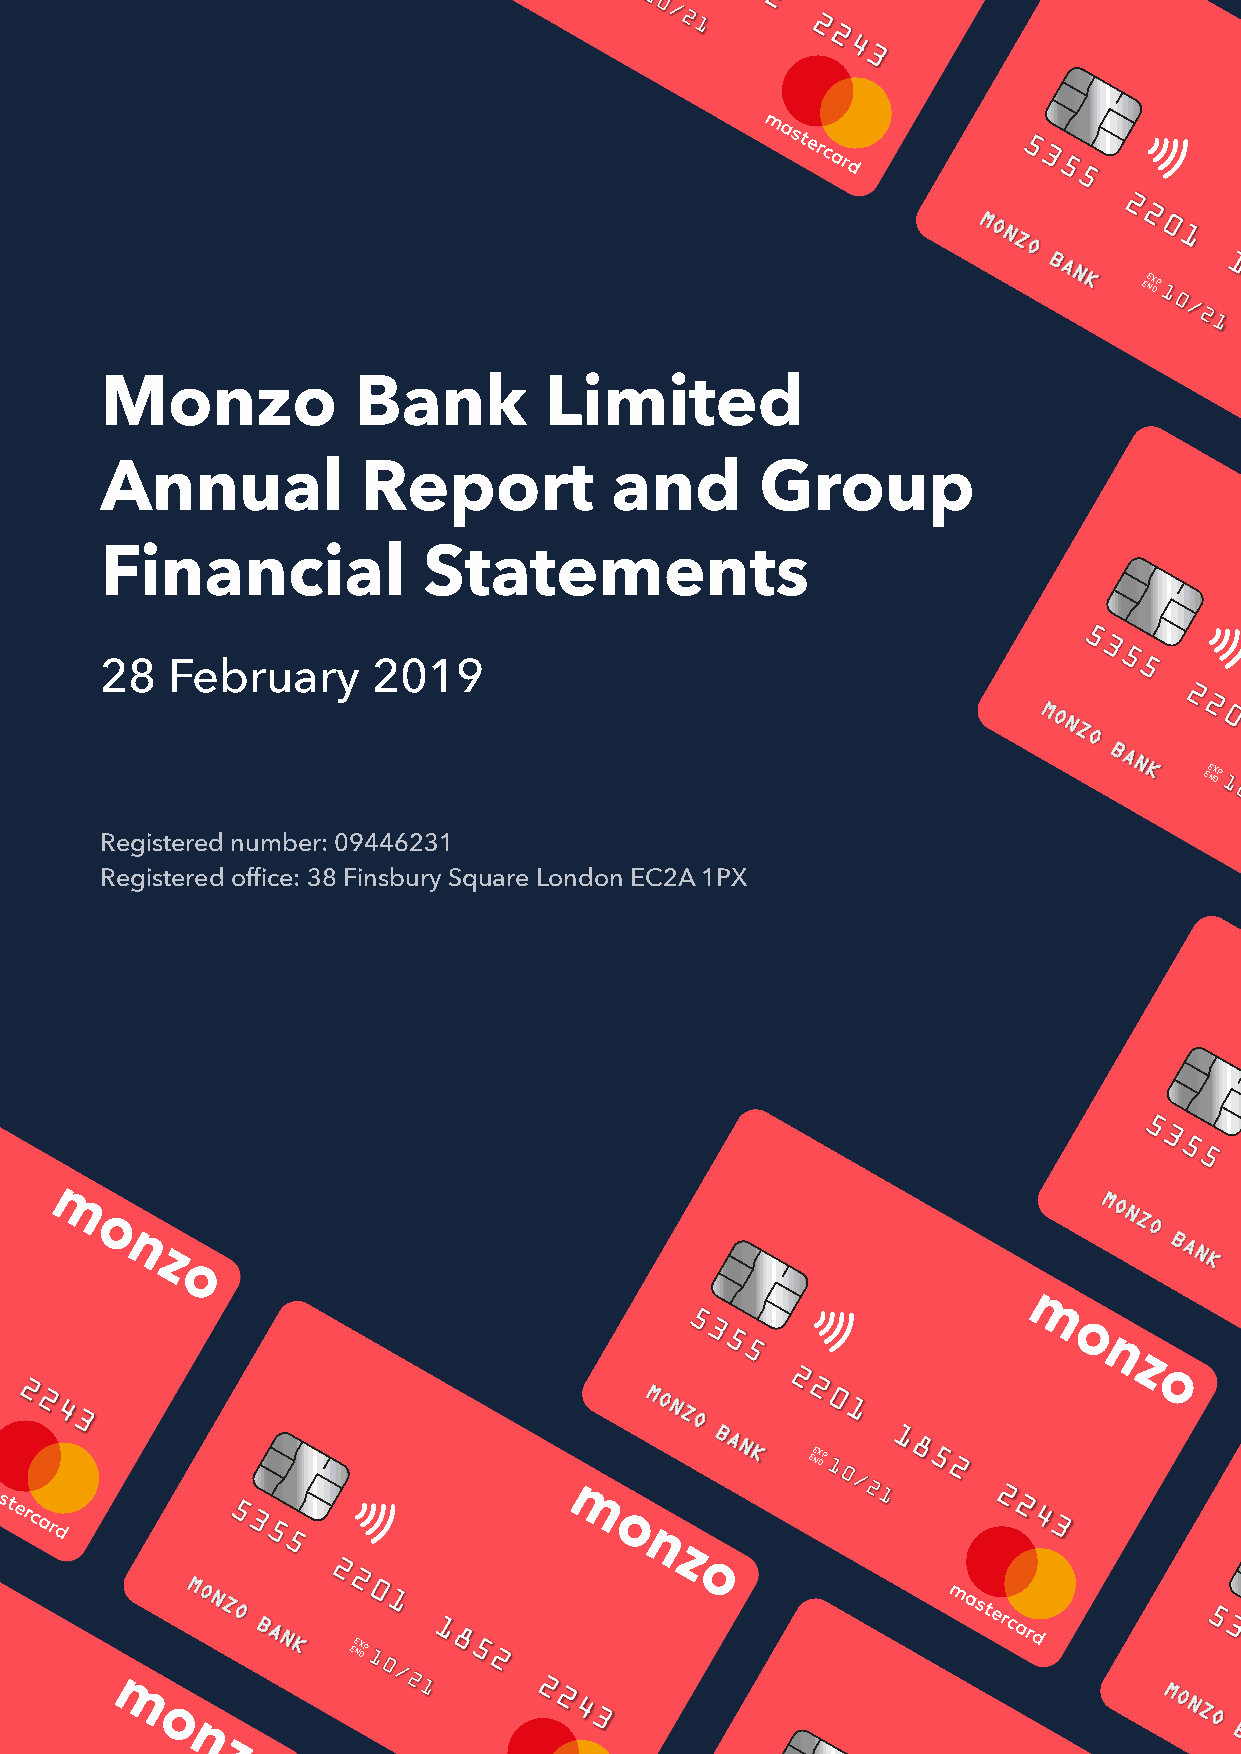
EE NX DP
 EE NX DP
 EE NX DP
 EE NX DP
 EE NX DP
 EE NX DP
 Monzo           Bank         Limited
 Annual           Report          and       Group
 Financial            Statements
 EE NX DP
 28  February      2019
 EE NX DP
 Registered number: 09446231
 Registered office: 38 Finsbury Square London EC2A 1PX
 EE NX DP
 EE NX DP
 EE NX DP
 EE NX DP
 EE NX DP
 EE NX DP
 EE NX DP
 EE NX DP
 EE NX DP
 EE NX DP
 EE NX DP
 EE NX DP